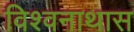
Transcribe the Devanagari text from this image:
विश्वनाथास